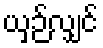
ယှဉ်လျှင်